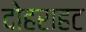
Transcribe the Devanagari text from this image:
दोहराहट